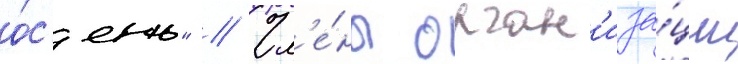
о́с'ень" // Чл'е́ны орган'иза́ции